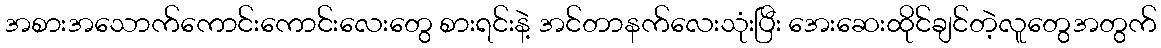
အစားအသောက်ကောင်းကောင်းလေးတွေ စားရင်းနဲ့ အင်တာနက်လေးသုံးပြီး အေးဆေးထိုင်ချင်တဲ့လူတွေအတွက်